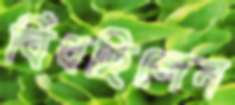
বিঁধছিলেন